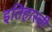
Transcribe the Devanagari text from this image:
इतिहास्ची